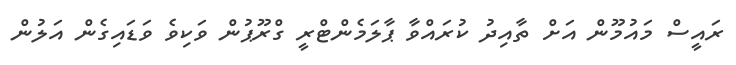
ރައީސް މައުމޫން އަށް ތާއިދު ކުރައްވާ ޕާލަމެންޓްރީ ގްރޫޕުން ވަކިވެ ވަޑައިގެން އަލުން